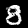
Digit: 8